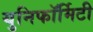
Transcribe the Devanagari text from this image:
युनिफॉर्मिटी